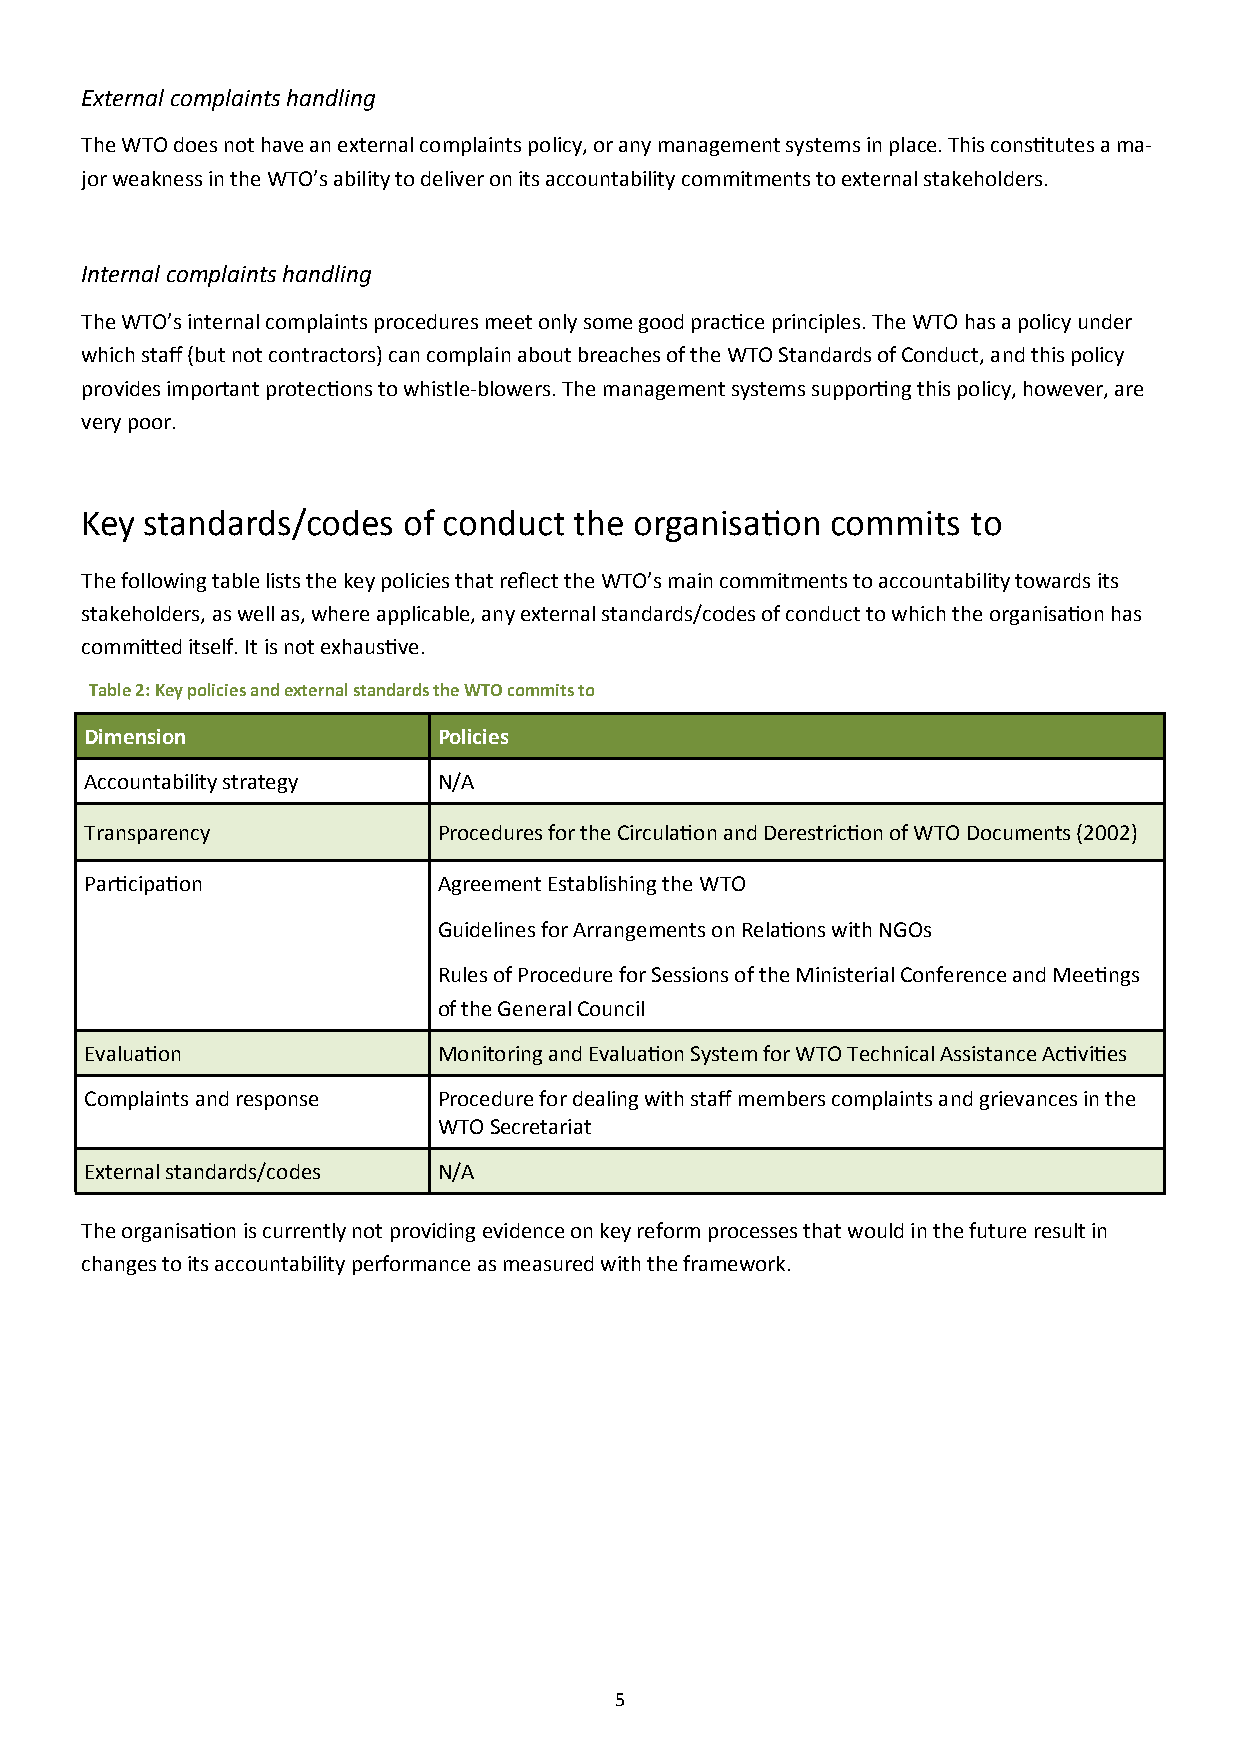
External complaints handling
 The WTO does not have an external complaints policy, or any management systems in place. This constitutes a ma-
 jor weakness in the WTO’s ability to deliver on its accountability commitments to external stakeholders.
 Internal complaints handling
 The WTO’s internal complaints procedures meet only some good practice principles. The WTO has a policy under
 which staff (but not contractors) can complain about breaches of the WTO Standards of Conduct, and this policy
 provides important protections to whistle-blowers. The management systems supporting this policy, however, are
 very poor.
 Key  standards/codes  of conduct the organisation commits  to
 The following table lists the key policies that reflect the WTO’s main commitments to accountability towards its
 stakeholders, as well as, where applicable, any external standards/codes of conduct to which the organisation has
 committed itself. It is not exhaustive.
 Table 2: Key policies and external standards the WTO commits to
 Dimension              Policies
 Accountability strategy N/A
 Transparency           Procedures for the Circulation and Derestriction of WTO Documents (2002)
 Participation          Agreement Establishing the WTO
 Guidelines for Arrangements on Relations with NGOs
 Rules of Procedure for Sessions of the Ministerial Conference and Meetings
 of the General Council
 Evaluation             Monitoring and Evaluation System for WTO Technical Assistance Activities
 Complaints and response Procedure for dealing with staff members complaints and grievances in the
 WTO Secretariat
 External standards/codes N/A
 The organisation is currently not providing evidence on key reform processes that would in the future result in
 changes to its accountability performance as measured with the framework.
 5